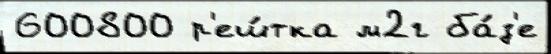
600800 р'еш́тка м2г ба́з'е